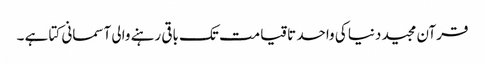
قرآن مجید دنیا کی واحد تاقیامت تک باقی رہنے والی آسمانی کتا ہے ۔